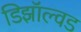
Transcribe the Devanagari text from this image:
डिझॉल्वड